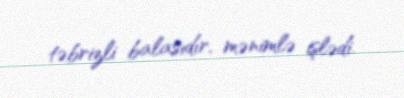
təbrizli balasıdır, mənimlə işlədi.